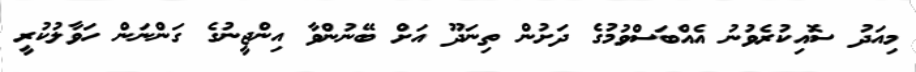
މިއަދު ސޮއިކުރެވުނު އެއްބަސްވުމުގެ ދަށުން ތިނަދޫ އަށް ބޭނުންވާ އިންޖީނުގެ ގަންނަން ހަވާލުކުރީ